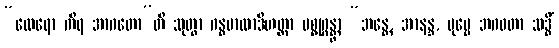
“ထေရော ကိရ အာဂတော”တိ သုတွာ ဂန္ဓမာလာဒိဟတ္ထာ ပစ္စုဂ္ဂန္တွာ “ဘန္တေ, အာနန္ဒ, ပုဗ္ဗေ ဘဂဝတာ သဒ္ဓိံ